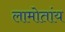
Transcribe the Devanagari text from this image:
लामोतांय